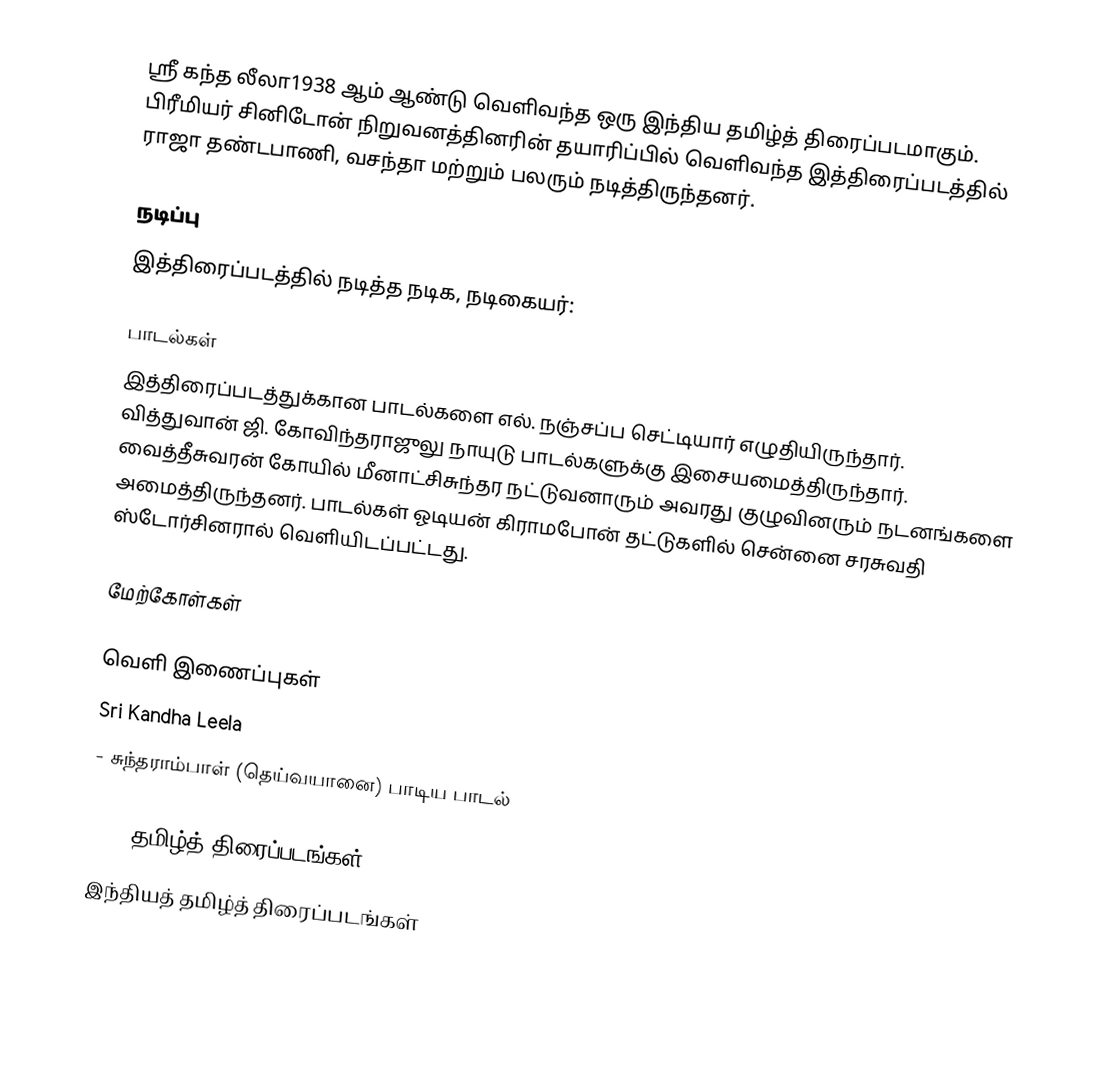
ஸ்ரீ கந்த லீலா1938 ஆம் ஆண்டு வெளிவந்த ஒரு இந்திய தமிழ்த் திரைப்படமாகும். பிரீமியர் சினிடோன் நிறுவனத்தினரின் தயாரிப்பில் வெளிவந்த இத்திரைப்படத்தில் ராஜா தண்டபாணி, வசந்தா மற்றும் பலரும் நடித்திருந்தனர்.

நடிப்பு
இத்திரைப்படத்தில் நடித்த நடிக, நடிகையர்:

பாடல்கள்
இத்திரைப்படத்துக்கான பாடல்களை எல். நஞ்சப்ப செட்டியார் எழுதியிருந்தார். வித்துவான் ஜி. கோவிந்தராஜுலு நாயுடு பாடல்களுக்கு இசையமைத்திருந்தார். வைத்தீசுவரன் கோயில் மீனாட்சிசுந்தர நட்டுவனாரும் அவரது குழுவினரும் நடனங்களை அமைத்திருந்தனர். பாடல்கள் ஓடியன் கிராமபோன் தட்டுகளில் சென்னை சரசுவதி ஸ்டோர்சினரால் வெளியிடப்பட்டது.

மேற்கோள்கள்

வெளி இணைப்புகள்
Sri Kandha Leela
 - சுந்தராம்பாள் (தெய்வயானை) பாடிய பாடல்

1938 தமிழ்த் திரைப்படங்கள்
இந்தியத் தமிழ்த் திரைப்படங்கள்